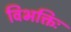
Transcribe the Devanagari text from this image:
विभक्तिः